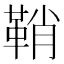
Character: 鞘